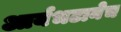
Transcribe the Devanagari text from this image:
आर्यभटानेच